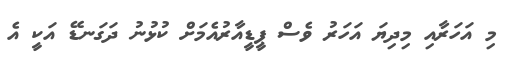
މި އަހަރާއި މިދިޔަ އަހަރު ވެސް ޕީޑީއާރުއެމަށް ކުޅުނު ދަގަނޑޭ އަކީ އެ